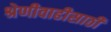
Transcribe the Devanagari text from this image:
श्रेणीवाढीसाठी